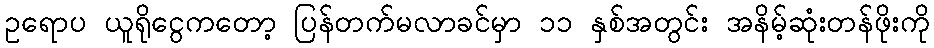
ဥရောပ ယူရိုငွေကတော့ ပြန်တက်မလာခင်မှာ ၁၁ နှစ်အတွင်း အနိမ့်ဆုံးတန်ဖိုးကို